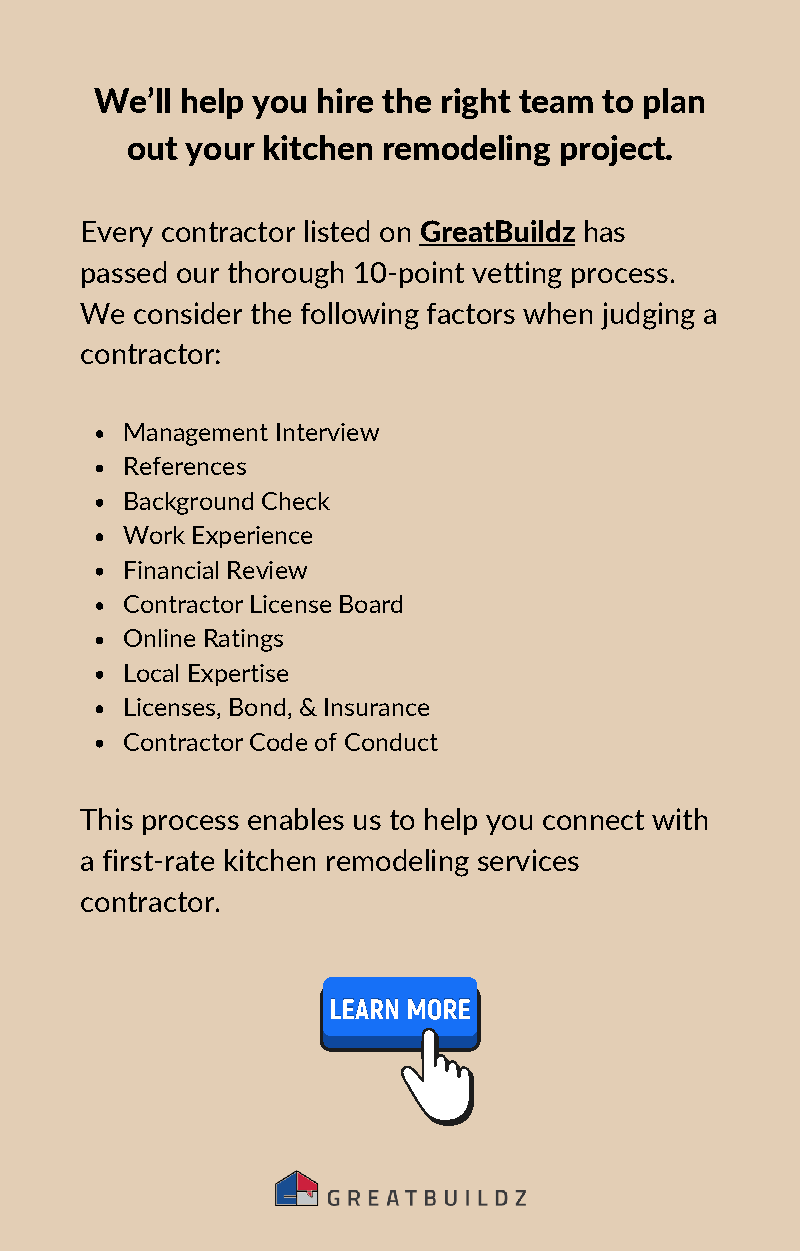
We’ll help you hire the right team to plan
 out your kitchen remodeling  project.
 Every contractor listed on GreatBuildz has
 passed our thorough 10-point vetting process.
 We  consider the following factors when judging a
 contractor:
 Management Interview
 References
 Background Check
 Work Experience
 Financial Review
 Contractor License Board
 Online Ratings
 Local Expertise
 Licenses, Bond, & Insurance
 Contractor Code of Conduct
 This process enables us to help you connect with
 a first-rate kitchen remodeling services
 contractor.